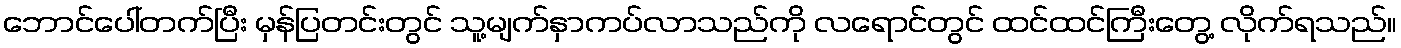
ဘောင်ပေါ်တက်ပြီး မှန်ပြတင်းတွင် သူ့မျက်နှာကပ်လာသည်ကို လရောင်တွင် ထင်ထင်ကြီးတွေ့ လိုက်ရသည်။